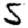
Digit: 5